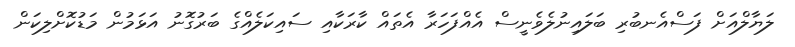
ލަޔާލްއަށް ފަސްއެނބުރި ބަލައިނުލެވެނީސް އެއްފަހަރާ އެތައް ކާރަކާއި ސައިކަލެއްގެ ބަރުގޮނު އަޅަމުން މަޑުކޮށްލިކަން